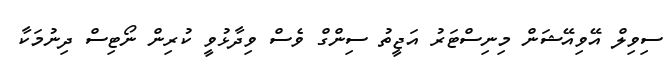
ސިވިލް އޭވިއޭޝަން މިނިސްޓަރު އަޖީތު ސިންގް ވެސް ވިދާޅުވީ ކުރިން ނޯޓިސް ދިނުމަކާ